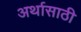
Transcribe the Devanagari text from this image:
अर्थासाठी